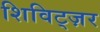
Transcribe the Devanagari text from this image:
शिविट्ज़र